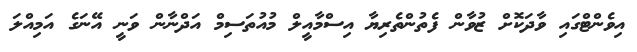
އިވެންޓްގައި ވާދަކޮށް ޒުވާން ފެތުންތެރިޔާ އިސްމާއީލް މުއުތަސިމް އަދްނާން ވަނީ އޭނަގެ އަމިއްލަ